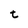
Character: t